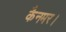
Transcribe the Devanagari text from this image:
कैनमर।